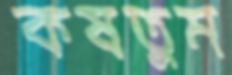
কষতুম